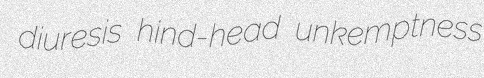
diuresis hind-head unkemptness